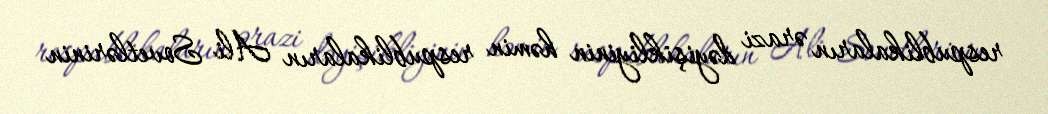
respublikaların ərazi dəyişikliyinin həmin respublikaların Ali Sovetlərinin